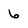
Character: 6